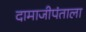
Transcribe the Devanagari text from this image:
दामाजीपंताला